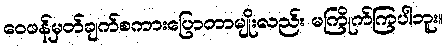
ဝေဖန်မှတ်ချက်စကားပြောတာမျိုးလည်း မကြိုက်ကြပါဘူး။